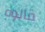
قالوه